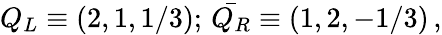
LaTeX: Q_{L}\equiv(2,1,1/3);\, \bar{Q_{R}}\equiv(1,2,-1/3)\, ,